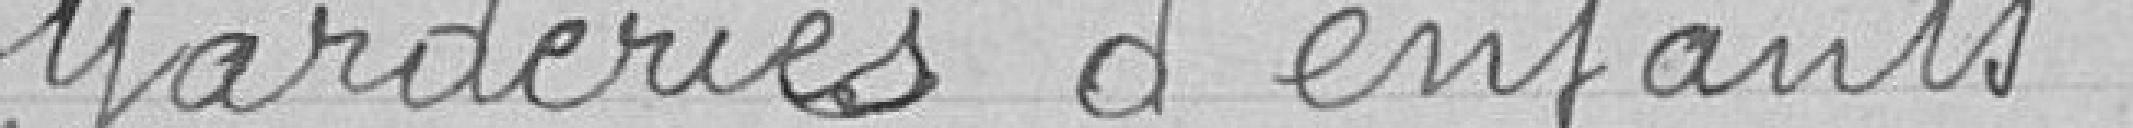
Garderies d'enfants